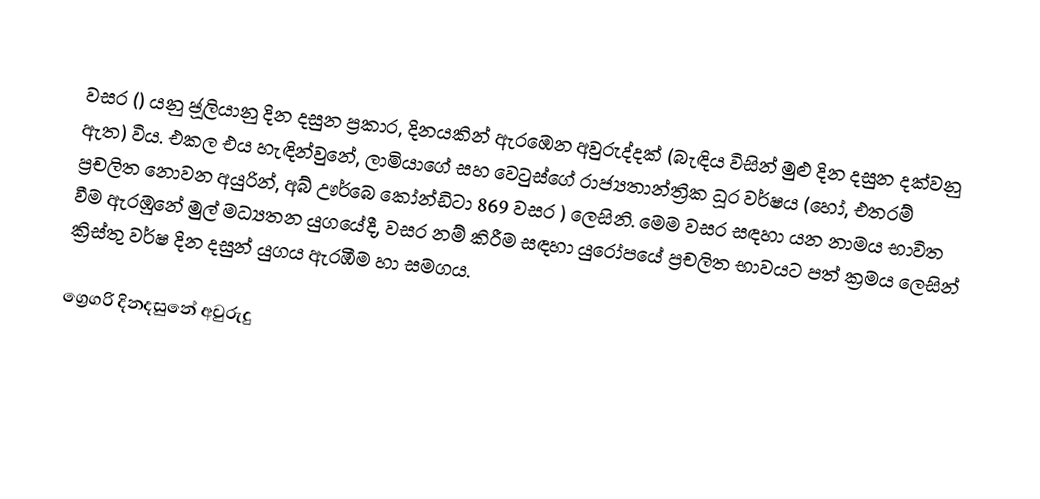

වසර   () යනු  ජූලියානු දින දසුන ප්‍රකාර,    දිනයකින් ඇරඹෙන  අවුරුද්දක්   (බැඳිය විසින් මුළු දින දසුන දක්වනු ඇත)  විය. එකල එය හැඳින්වුනේ, 	ලාමියාගේ	 සහ 	වෙටුස්ගේ	  රාජ්‍යතාන්ත්‍රික  ධූර වර්ෂය  (හෝ, එතරම් ප්‍රචලිත නොවන අයුරින්,  අබ් ඌර්බෙ කෝන්ඩිටා 	869	  වසර  ) ලෙසිනි. මෙම වසර සඳහා   යන නාමය භාවිත වීම ඇරඹුනේ මුල් මධ්‍යතන යුගයේදී, වසර නම් කිරීම සඳහා යුරෝපයේ ප්‍රචලිත භාවයට පත් ක්‍රමය ලෙසින් ක්‍රිස්තු වර්ෂ දින දසුන් යුගය ඇරඹීම හා සමගය.

ග්‍රෙගරි දිනදසුනේ අවුරුදු